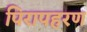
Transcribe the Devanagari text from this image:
पिरापहरण